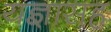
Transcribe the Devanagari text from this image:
यज्ञासह